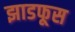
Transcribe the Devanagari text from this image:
झाडफूस